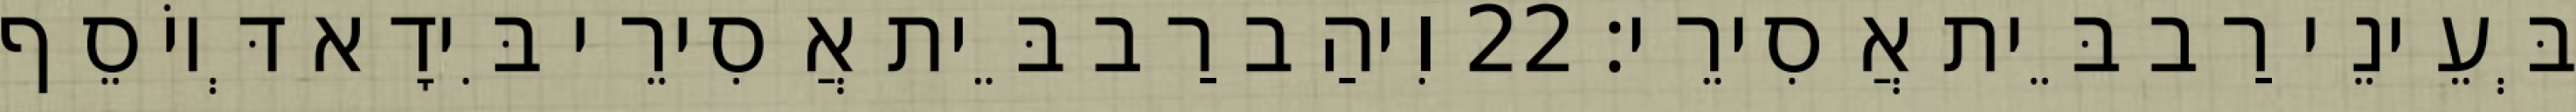
בְּעֵינֵי רַב בֵּית אֲסִירֵי׃ 22 וִיהַב רַב בֵּית אֲסִירֵי בִּידָא דְּיוֹסֵף